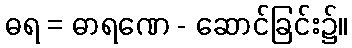
ဓရ = ဓာရဏေ - ဆောင်ခြင်း၌။